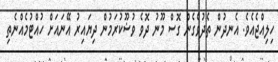
ހިލިއްޖެއެވެ. އެނދުން ތެދުވެގެން ގޮސް މޫނު ދޮވެ ވުޟޫކުރަމުން ދިޔައިރު އޭނައަށް ހުއްޓުމެއްނެތި